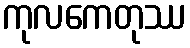
ကုလကေတုဿ